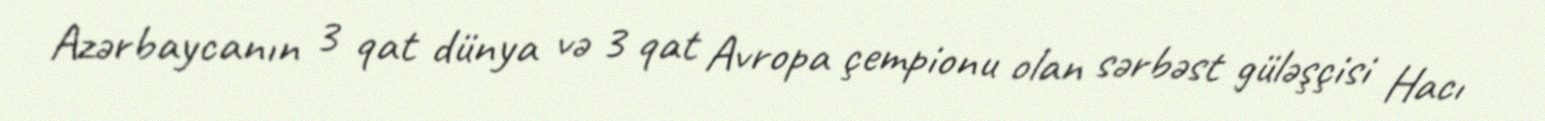
Azərbaycanın 3 qat dünya və 3 qat Avropa çempionu olan sərbəst güləşçisi Hacı